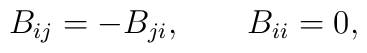
B_{ij}=-B_{ji}, \qquad  B_{ii}=0,